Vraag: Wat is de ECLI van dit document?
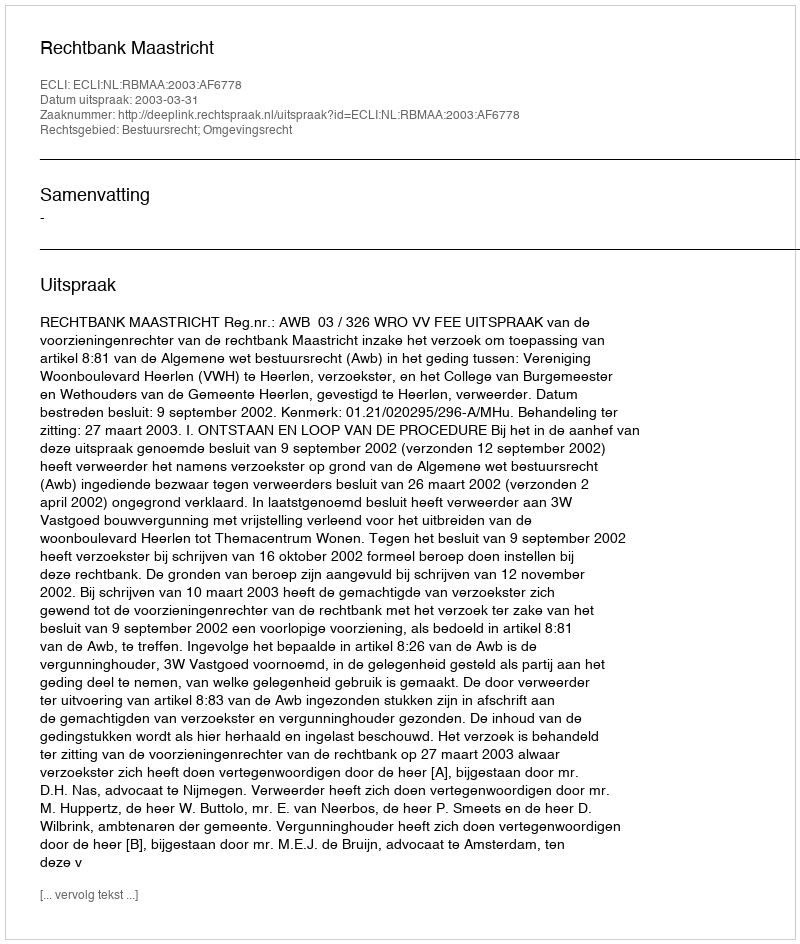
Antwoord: ECLI:NL:RBMAA:2003:AF6778